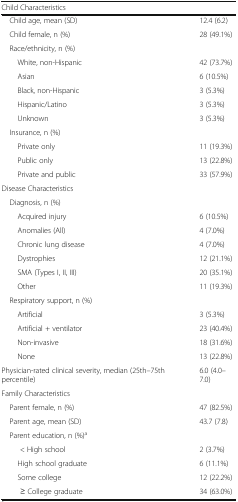
<table><thead><tr><td colspan="2"><b>Child Characteristics</b></td></tr></thead><tbody><tr><td> Child age, mean (SD)</td><td>12.4 (6.2)</td></tr><tr><td> Child female, n (%)</td><td>28 (49.1%)</td></tr><tr><td colspan="2"> Race/ethnicity, n (%)</td></tr><tr><td>White, non-Hispanic</td><td>42 (73.7%)</td></tr><tr><td>Asian</td><td>6 (10.5%)</td></tr><tr><td>Black, non-Hispanic</td><td>3 (5.3%)</td></tr><tr><td>Hispanic/Latino</td><td>3 (5.3%)</td></tr><tr><td>Unknown</td><td>3 (5.3%)</td></tr><tr><td colspan="2"> Insurance, n (%)</td></tr><tr><td>Private only</td><td>11 (19.3%)</td></tr><tr><td>Public only</td><td>13 (22.8%)</td></tr><tr><td>Private and public</td><td>33 (57.9%)</td></tr><tr><td colspan="2">Disease Characteristics</td></tr><tr><td colspan="2"> Diagnosis, n (%)</td></tr><tr><td>Acquired injury</td><td>6 (10.5%)</td></tr><tr><td>Anomalies (All)</td><td>4 (7.0%)</td></tr><tr><td>Chronic lung disease</td><td>4 (7.0%)</td></tr><tr><td>Dystrophies</td><td>12 (21.1%)</td></tr><tr><td>SMA (Types I, II, III)</td><td>20 (35.1%)</td></tr><tr><td>Other</td><td>11 (19.3%)</td></tr><tr><td colspan="2"> Respiratory support, n (%)</td></tr><tr><td>Artificial</td><td>3 (5.3%)</td></tr><tr><td>Artificial + ventilator</td><td>23 (40.4%)</td></tr><tr><td>Non-invasive</td><td>18 (31.6%)</td></tr><tr><td>None</td><td>13 (22.8%)</td></tr><tr><td>Physician-rated clinical severity, median (25th–75th percentile)</td><td>6.0 (4.0–7.0)</td></tr><tr><td colspan="2">Family Characteristics</td></tr><tr><td> Parent female, n (%)</td><td>47 (82.5%)</td></tr><tr><td> Parent age, mean (SD)</td><td>43.7 (7.8)</td></tr><tr><td> Parent education, n (%)<sup>a</sup></td><td></td></tr><tr><td>&lt; High school</td><td>2 (3.7%)</td></tr><tr><td>High school graduate</td><td>6 (11.1%)</td></tr><tr><td>Some college</td><td>12 (22.2%)</td></tr><tr><td>≥ College graduate</td><td>34 (63.0%)</td></tr></tbody></table>